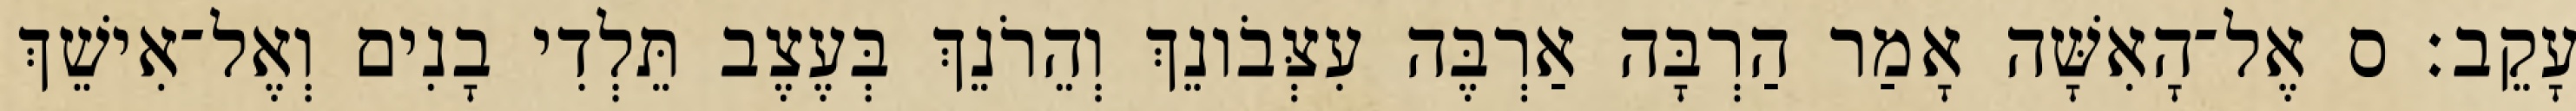
עָקֵב׃ ס אֶל־הָאִשָּׁה אָמַר הַרְבָּה אַרְבֶּה עִצְּבֹונֵךְ וְהֵרֹנֵךְ בְּעֶצֶב תֵּלְדִי בָנִים וְאֶל־אִישֵׁךְ